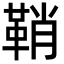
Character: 鞘